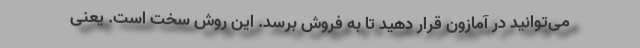
می‌توانید در آمازون قرار دهید تا به فروش برسد. این روش سخت است. یعنی